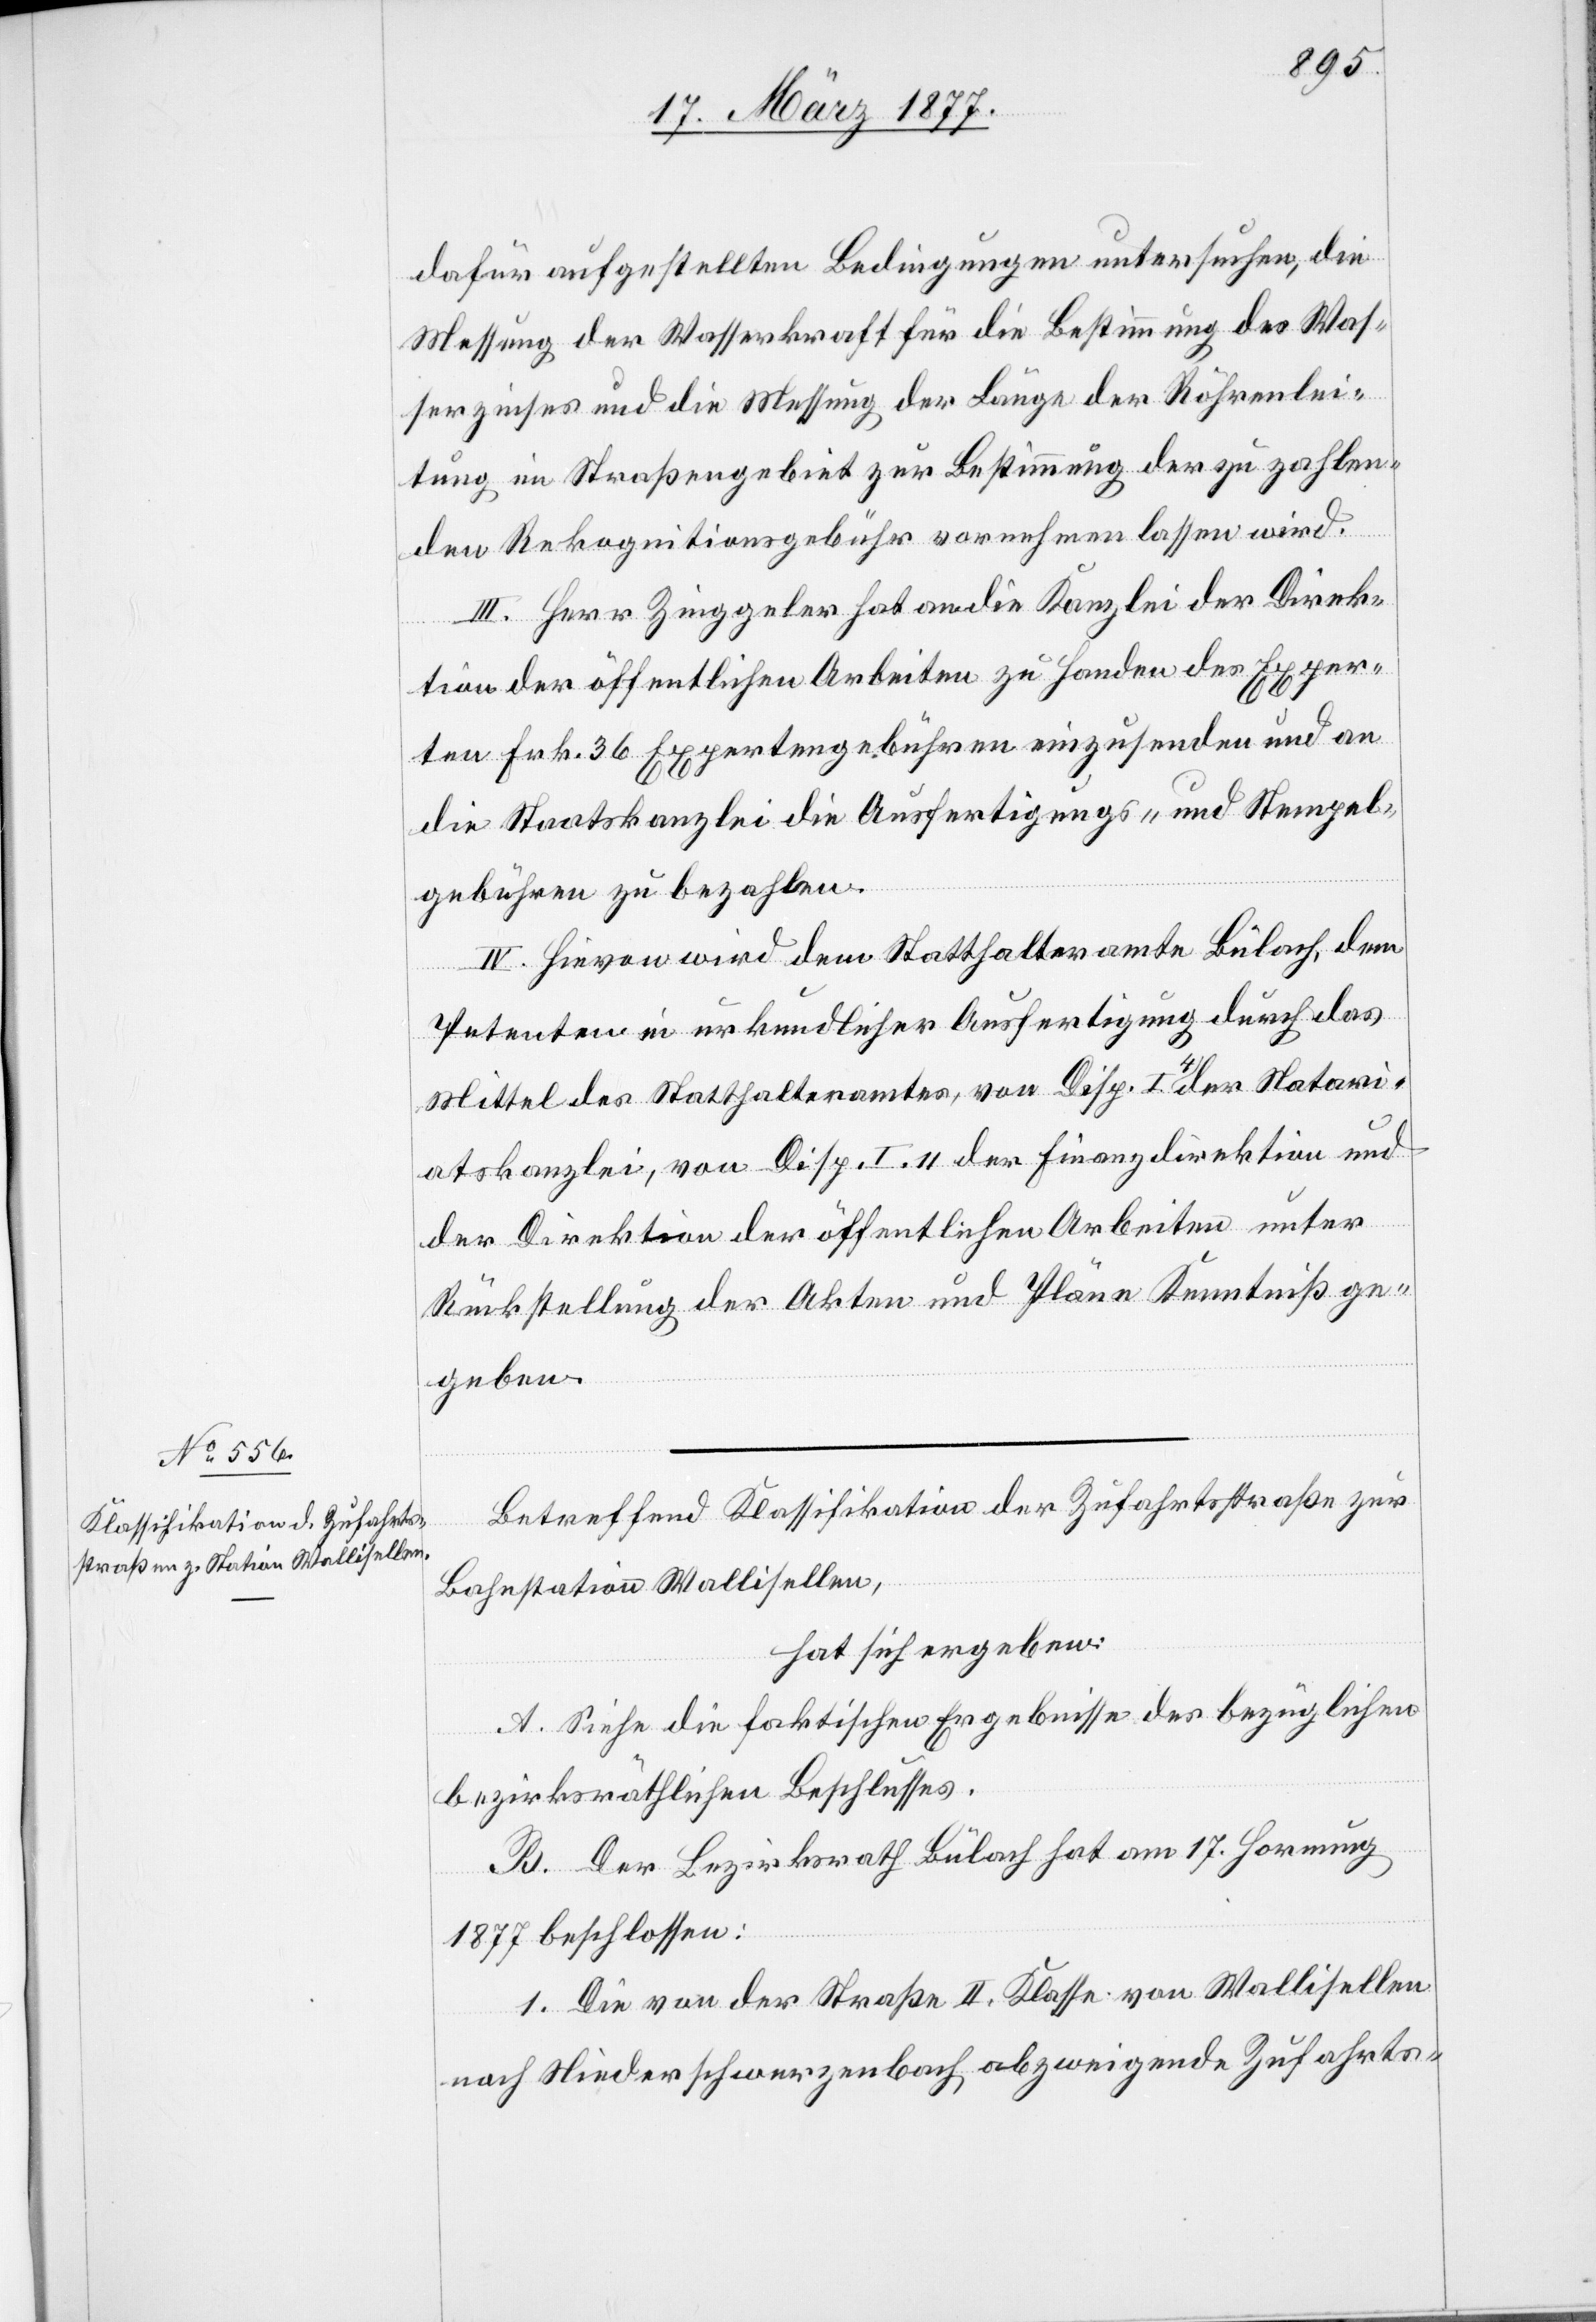
dafür aufgestellten Bedingungen untersuchen, die
Messung der Wasserkraft für die Bestimmung des Was¬
serzinses und die Messung der Länge der Röhrenlei¬
tung im Straßengebiet zur Bestimmung der zu zahlen¬
den Rekongnitionsgebühr vornehmen lassen wird.
III. Herr Zinggeler hat an die Kanzlei der Direk¬
tion der öffentlichen Arbeiten zu Handen des Exper¬
ten Frk. 36 Expertengebühren einzusenden und an
die Staatskanzlei die Ausfertigungs- und Stempel¬
gebühren zu bezahlen.
IV. Hievon wird dem Statthalteramte Bülach, dem
Petenten in urkundlicher Ausfertigung durch das
Mittel des Statthalteramtes, von Disp. I 4 der Natari¬
atskanzlei [sic!], von Disp. I. 11 der Finanzdirektion und
der Direktion der öffentlichen Arbeiten unter
Rückstellung der Akten und Pläne Kenntniß ge¬
geben.
Betreffend Klassifikation der Zufahrtsstraße zur
Bahnstation Wallisellen,
hat sich ergeben:
A. Siehe die faktischen Ergebnisse des bezüglichen
bezirksräthlichen Beschlusses.
B. Der Bezirksrath Bülach hat am 17. Hornung
1877 beschlossen:
1. Die von der Straße II. Klasse von Wallisellen
nach Niederschwerzenbach abzweigende Zufahrts-